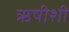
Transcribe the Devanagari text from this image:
ऋषीशी